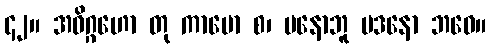
၄၂။ အဝိဂ္ဂဟော တု ကာမော စ၊ မနောဘူ မဒနော ဘဝေ။